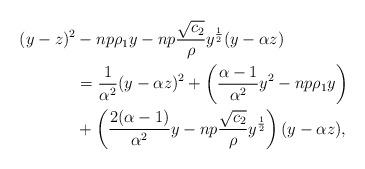
LaTeX: \begin{align*}(y-z)^{2}&-np\rho_{1}y-np\frac{\sqrt{c_{2}}}{\rho}y^{\frac{1}{2}}(y-\alpha z)\\&=\frac{1}{\alpha^{2}}(y-\alpha z)^{2}+\left(\frac{\alpha-1}{\alpha^{2}}y^{2}-np\rho_{1}y\right)\\&+\left(\frac{2(\alpha-1)}{\alpha^{2}}y-np\frac{\sqrt{c_{2}}}{\rho}y^{\frac{1}{2}}\right)(y-\alpha z),\end{align*}